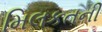
મિલકતની